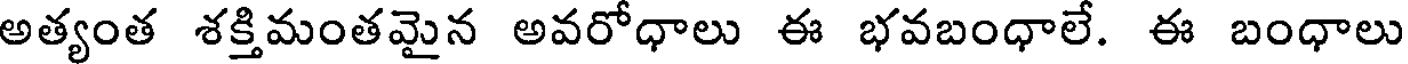
అత్యంత శక్తిమంతమైన అవరోధాలు ఈ భవబంధాలే. ఈ బంధాలు